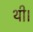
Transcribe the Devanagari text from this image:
थी।